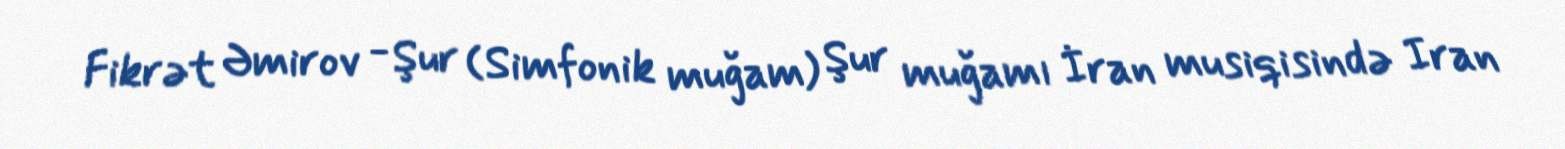
Fikrət Əmirov - Şur (Simfonik muğam) Şur muğamı İran musiqisində Iran